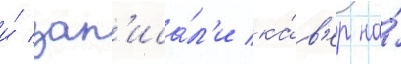
и́ зап'иса́л'и ка́в'ер на́